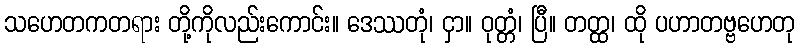
သဟေတကတရား တို့ကိုလည်းကောင်း။ ဒေဿတုံ၊ ငှာ။ ဝုတ္တံ၊ ပြီ။ တတ္ထ၊ ထို ပဟာတဗ္ဗဟေတု